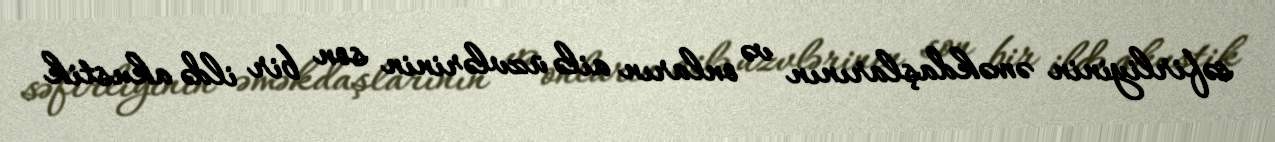
səfirliyinin əməkdaşlarının və onların ailə üzvlərinin son bir ildə akustik